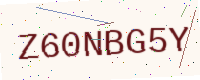
Text: Z60NBG5Y